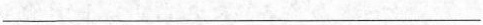
___